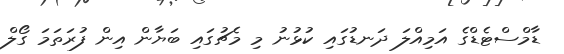
ޑާމްސްޓެޑްގެ އަމިއްލަ ދަނޑުގައި ކުޅުނު މި މެޗުގައި ބަޔާން އިން ފުރަތަމަ ގޯލް